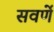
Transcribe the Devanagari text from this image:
सवर्णे